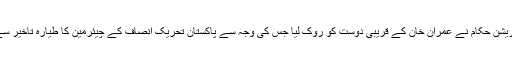
اس کے باوجود ایف آئی اے امیگریشن حکام نے عمران خان کے قریبی دوست کو روک لیا جس کی وجہ سے پاکستان تحریک انصاف کے چیئرمین کا طیارہ تاخیر سے سعودی عرب کیلئے روانہ ہوا۔